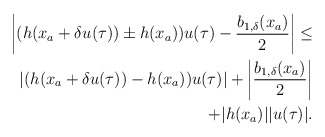
\begin{align*}\begin{aligned}\left|(h(x_a+\delta u(\tau))\pm h(x_a))u(\tau)-\dfrac{b_{1,\delta}(x_a)}{2}\right| \le\\\left|(h(x_a+\delta u(\tau))- h(x_a))u(\tau)\right|+\left|\dfrac{b_{1,\delta}(x_a)}{2}\right|\\+|h(x_a)||u(\tau)|.\end{aligned}\end{align*}